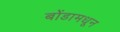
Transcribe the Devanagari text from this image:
बोंडामधून